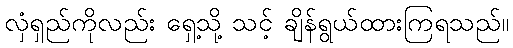
လှံရှည်ကိုလည်း ရှေ့သို့ သင့် ချိန်ရွယ်ထားကြရသည်။